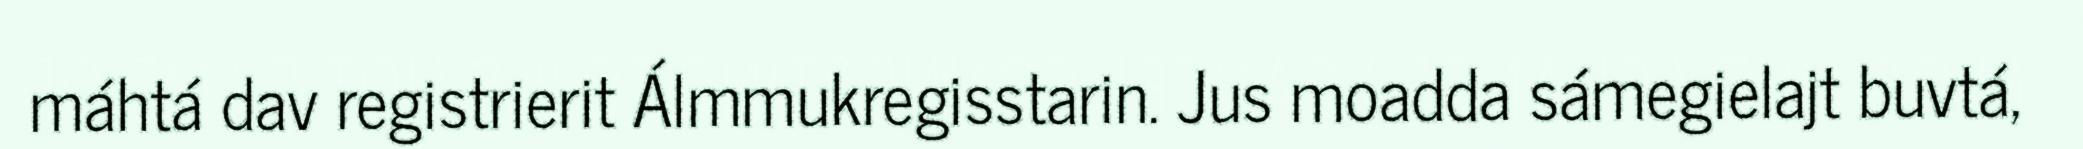
máhtá dav registrierit Álmmukregisstarin. Jus moadda sámegielajt buvtá,